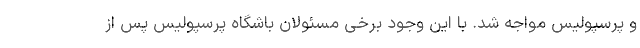
و پرسپولیس مواجه شد. با این وجود برخی مسئولان باشگاه پرسپولیس پس از